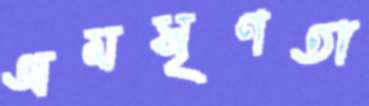
অমসৃণতা